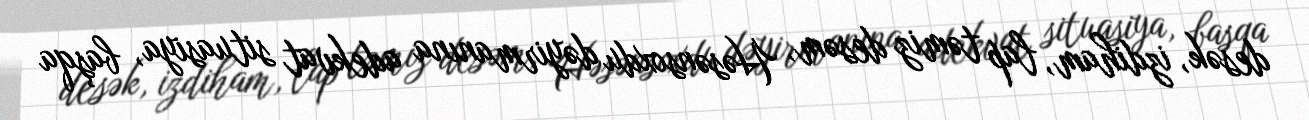
desək, izdiham, lap təmiz desəm, Həsənsoxdu dəyirmanına adekvat situasiya, başqa